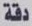
دقة